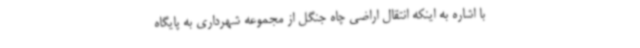
با اشاره به اینکه انتقال اراضی چاه جنگل از مجموعه شهرداری به پایگاه